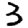
Digit: 3